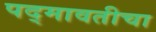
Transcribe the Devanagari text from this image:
पद्मावतीचा